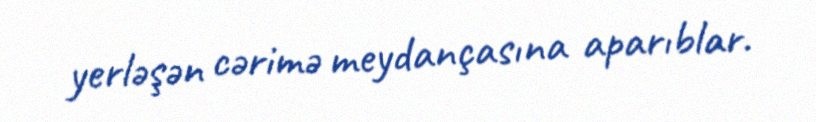
yerləşən cərimə meydançasına aparıblar.